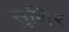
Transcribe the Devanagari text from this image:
सुथिर